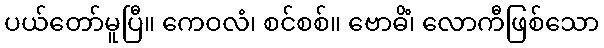
ပယ်တော်မူပြီ။ ကေဝလံ၊ စင်စစ်။ ဗောဓိံ၊ လောကီဖြစ်သော